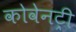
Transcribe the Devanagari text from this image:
कोवेनट्री